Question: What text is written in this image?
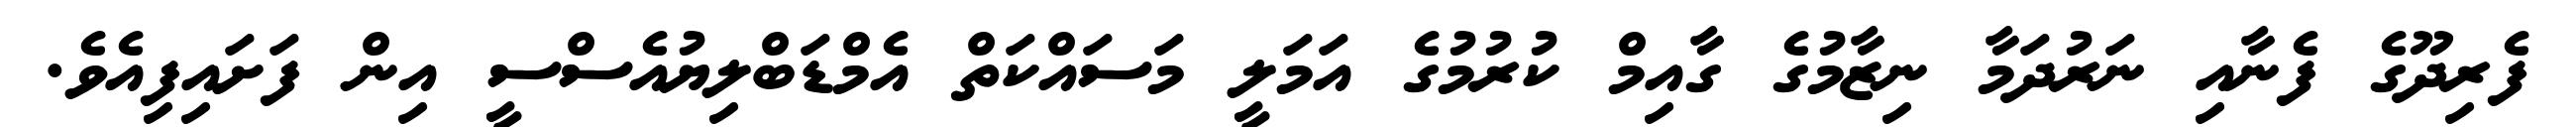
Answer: ފެރިދޫގެ ފެނާއި ނަރުދަމާ ނިޒާމުގެ ގާއިމް ކުރުމުގެ އަމަލީ މަސައްކަތް އެމްޑަބްލިޔުއެސްސީ އިން ފަށައިފިއެވެ.